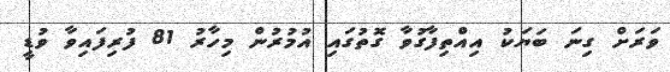
ވަރަށް ގިނަ ބަޔަކު އިއްތިފާގުވާ ގޮތުގައި އުމުރުން މިހާރު 81 ފުރިފައިވާ ވުޑީ